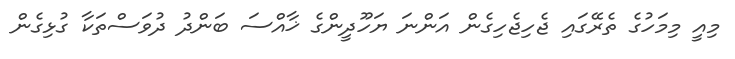
މިއީ މިމަހުގެ ތެރޭގައި ޖެހިޖެހިގެން އަންނަ ޔަހޫދީންގެ ޚާއްސަ ބަންދު ދުވަސްތަކާ ގުޅިގެން